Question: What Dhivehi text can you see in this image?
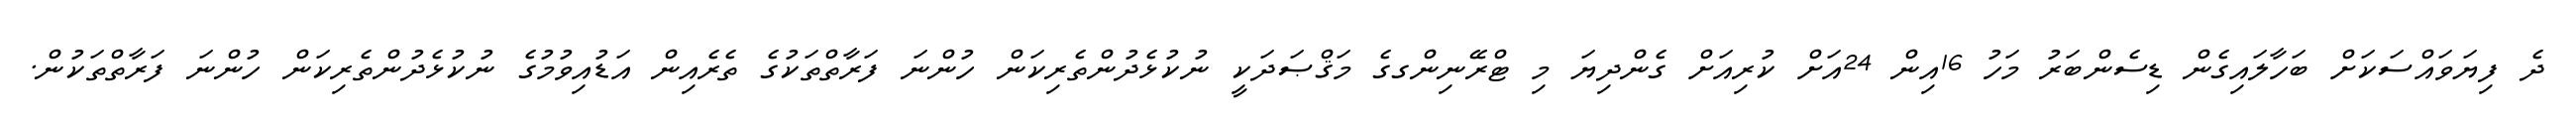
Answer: ދެ ފިޔަވައްސަކަށް ބަހާލައިގެން ޑިސެންބަރު މަހު 16އިން 24އަށް ކުރިއަށް ގެންދިޔަ މި ޓްރޭނިންގގެ މަޤްޞަދަކީ ނުކުޅެދުންތެރިކަން ހުންނަ ފަރާތްތަކުގެ ތެރެއިން އަޑުއިވުމުގެ ނުކުޅެދުންތެރިކަން ހުންނަ ފަރާތްތަކުން.